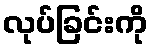
လုပ်ခြင်းကို